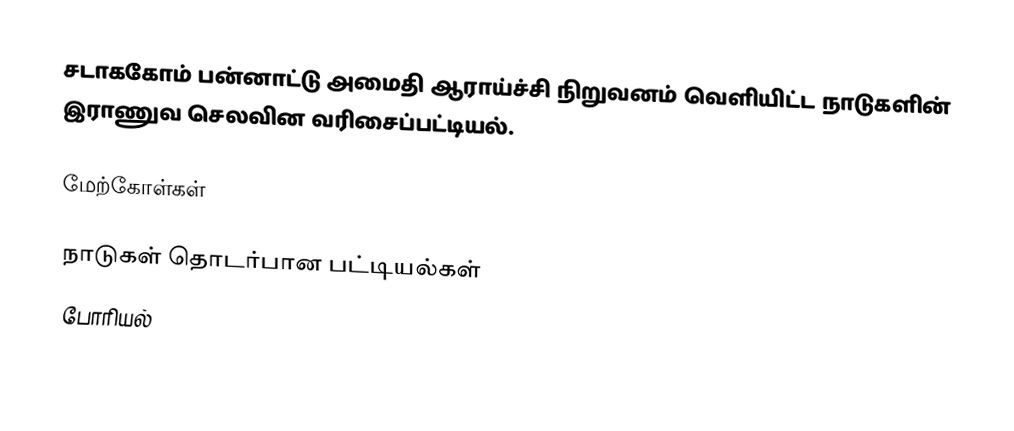
சடாககோம் பன்னாட்டு அமைதி ஆராய்ச்சி நிறுவனம் வெளியிட்ட நாடுகளின் இராணுவ செலவின வரிசைப்பட்டியல்.

மேற்கோள்கள்

நாடுகள் தொடர்பான பட்டியல்கள்
போரியல்